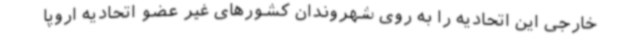
خارجی این اتحادیه را به روی شهروندان کشورهای غیر عضو اتحادیه اروپا